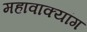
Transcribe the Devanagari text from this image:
महावाक्यांग